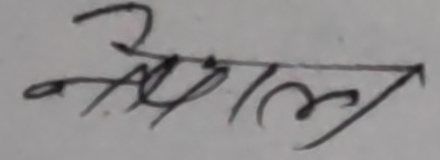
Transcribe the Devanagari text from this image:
नेपाल